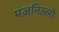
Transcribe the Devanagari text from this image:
मंज़निल्लो